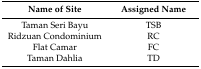
<table><thead><tr><td><b>Name of Site</b></td><td><b>Assigned Name</b></td></tr></thead><tbody><tr><td>Taman Seri Bayu</td><td>TSB</td></tr><tr><td>Ridzuan Condominium</td><td>RC</td></tr><tr><td>Flat Camar</td><td>FC</td></tr><tr><td>Taman Dahlia</td><td>TD</td></tr></tbody></table>